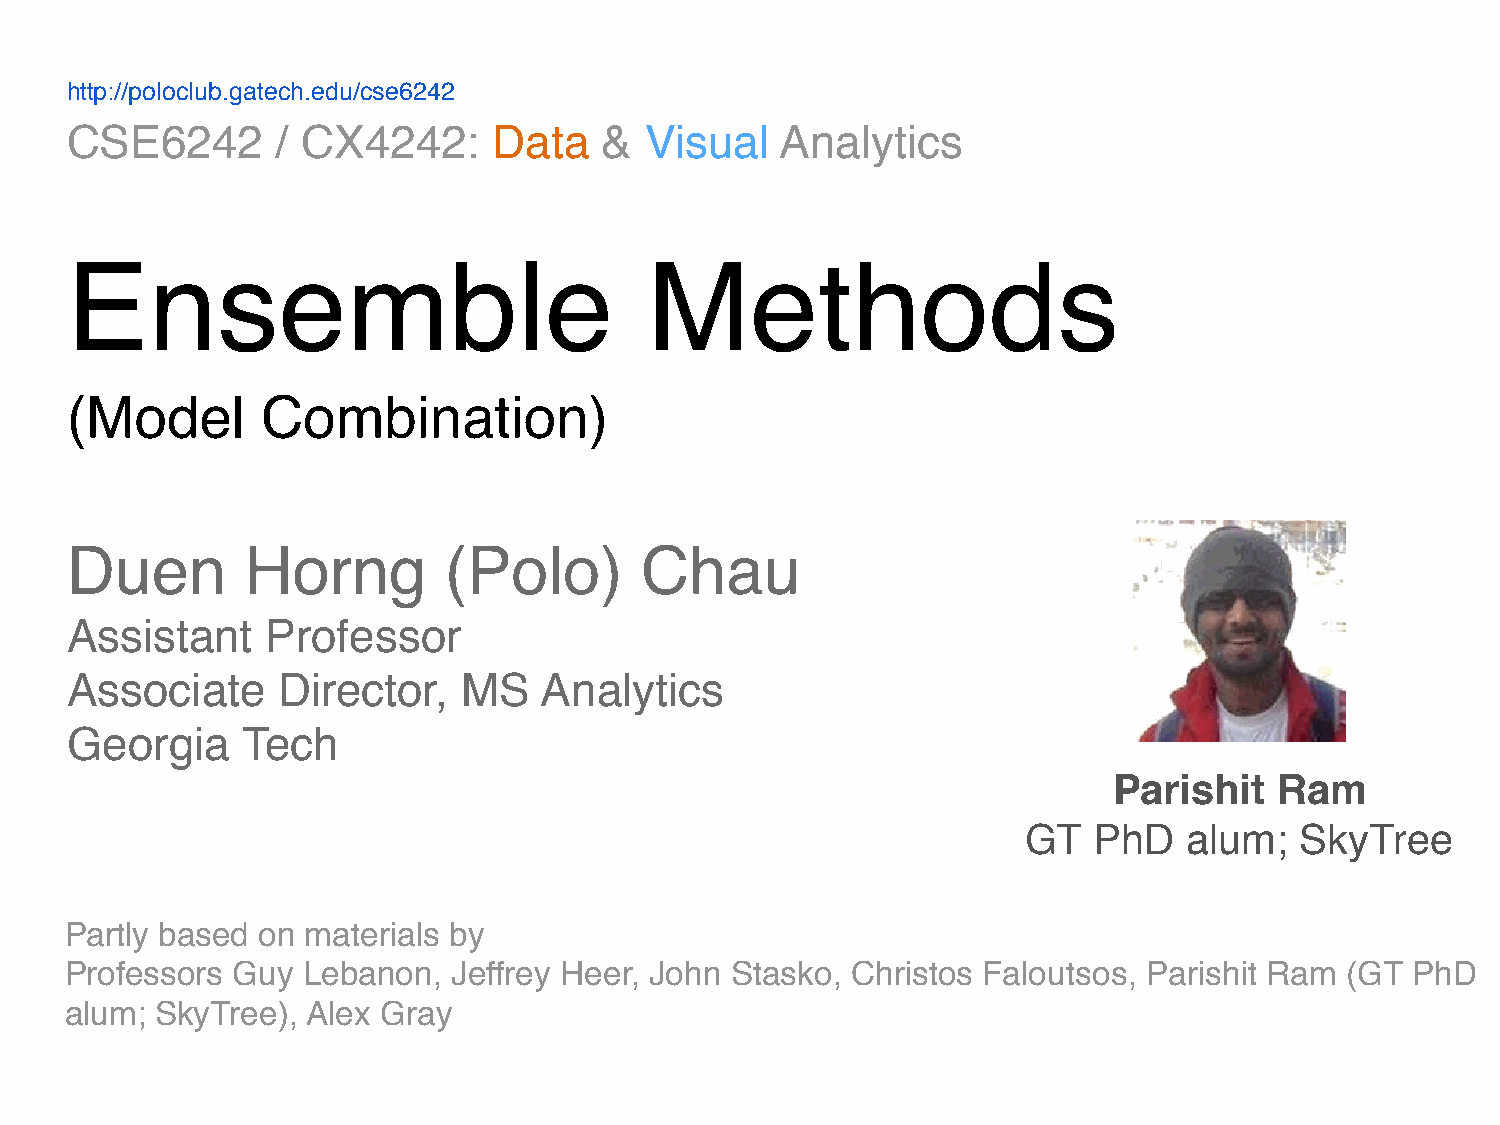
http://poloclub.gatech.edu/cse6242
 CSE6242       / CX4242:      Data   &  Visual   Analytics
 Ensemble                               Methods
 (Model       Combination)
 Duen        Horng        (Polo)       Chau
 Assistant     Professor
 Associate     Director,    MS   Analytics
 Georgia     Tech
 Parishit   Ram
 GT  PhD    alum;  SkyTree
 Partly based on materials by
 Professors Guy  Lebanon,  Jeffrey Heer, John Stasko, Christos Faloutsos, Parishit Ram (GT PhD
 alum; SkyTree), Alex Gray